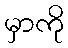
မှာကို